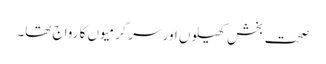
صحت بخش کھیلوں اور سرگرمیوں کا رواج تھا۔